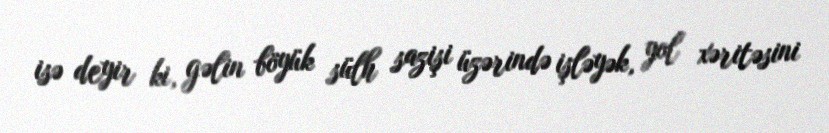
isə deyir ki, gəlin böyük sülh sazişi üzərində işləyək, yol xəritəsini